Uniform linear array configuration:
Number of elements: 16
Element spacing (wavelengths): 0.25
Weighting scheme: binomial
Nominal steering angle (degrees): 15
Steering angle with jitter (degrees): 13.896
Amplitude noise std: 0.05
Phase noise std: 0.05

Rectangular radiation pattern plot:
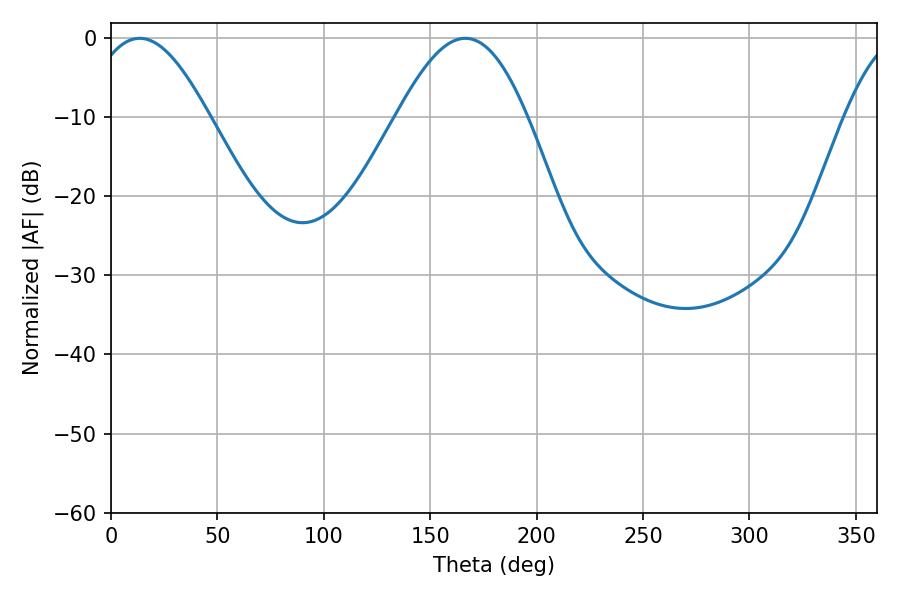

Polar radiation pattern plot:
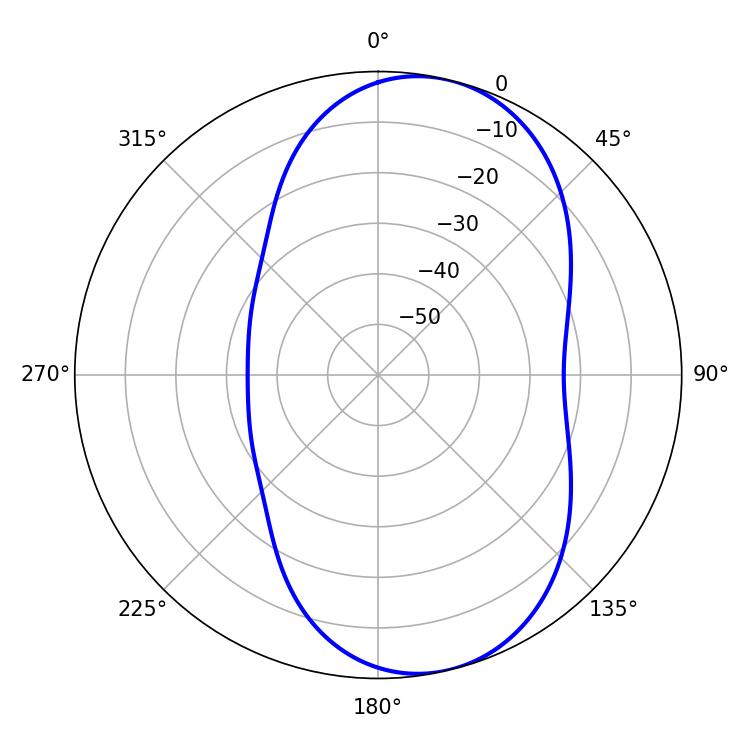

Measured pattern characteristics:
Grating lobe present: FALSE
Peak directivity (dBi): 8.019
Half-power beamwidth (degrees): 30.6
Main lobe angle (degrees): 13.5